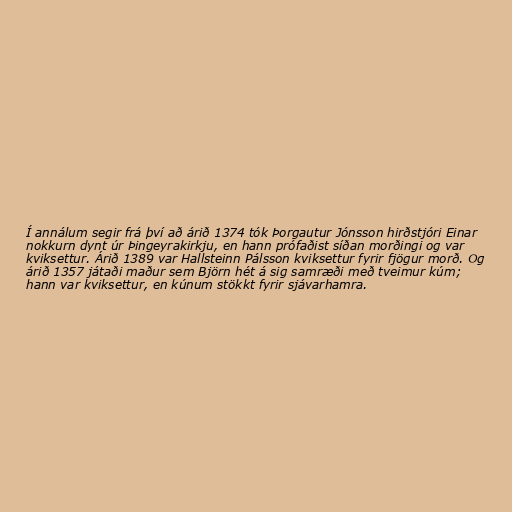
Í annálum segir frá því að árið 1374 tók Þorgautur Jónsson hirðstjóri Einar
nokkurn dynt úr Þingeyrakirkju, en hann prófaðist síðan morðingi og var
kviksettur. Árið 1389 var Hallsteinn Pálsson kviksettur fyrir fjögur morð. Og
árið 1357 játaði maður sem Björn hét á sig samræði með tveimur kúm;
hann var kviksettur, en kúnum stökkt fyrir sjávarhamra.